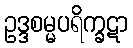
ဥဒ္ဒစမ္မပရိက္ခဋာ